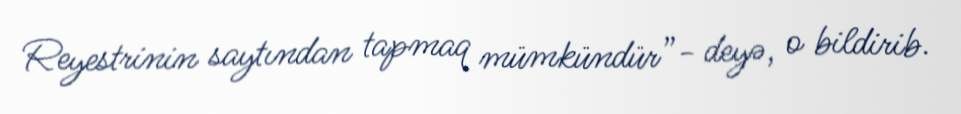
Reyestrinin saytından tapmaq mümkündür”- deyə, o bildirib.